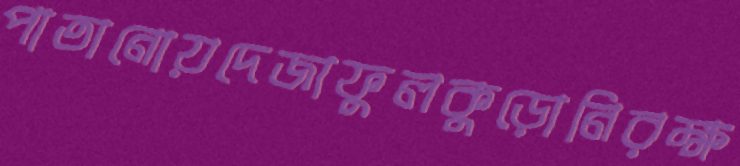
পাতানোয়দেজাফুলকুড়োনিরক্ষ